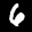
Label: 6